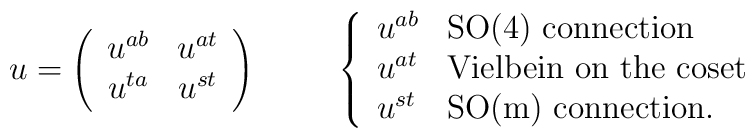
u = \left(\begin{array}{cc}u^{ab} & u^{at}\\ u^{ta} & u^{st}\end{array}\right) \hskip 1cm \left\{\begin{array}{ll}u^{ab} & \mbox{SO(4) connection} \\u^{at} & \mbox{Vielbein on the coset}\\u^{st} & \mbox{SO(m) connection.} \end{array}\right.